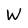
Character: W